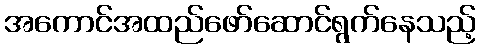
အကောင်အထည်ဖော်ဆောင်ရွက်နေသည့်